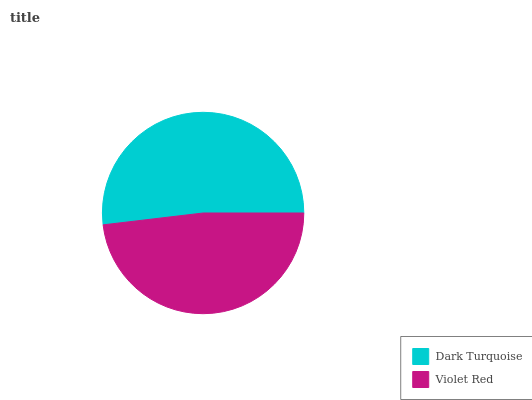
| Dark Turquoise | Violet Red |
 | --- | --- |
 | 51.9% | 48.1% |